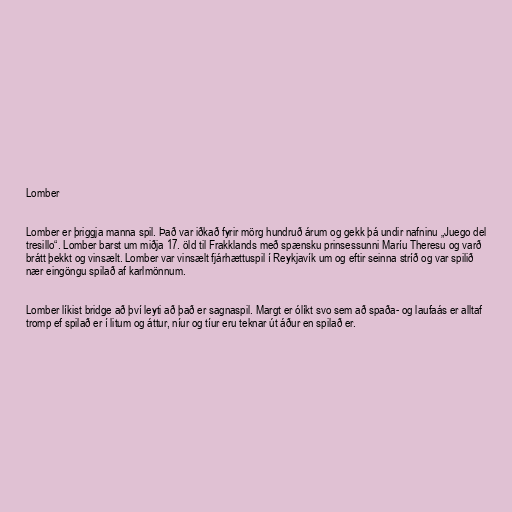
Lomber

Lomber er þriggja manna spil. Það var iðkað fyrir mörg hundruð árum og gekk þá undir nafninu „Juego del
tresillo“. Lomber barst um miðja 17. öld til Frakklands með spænsku prinsessunni Maríu Theresu og varð
brátt þekkt og vinsælt. Lomber var vinsælt fjárhættuspil í Reykjavík um og eftir seinna stríð og var spilið
nær eingöngu spilað af karlmönnum.

Lomber líkist bridge að því leyti að það er sagnaspil. Margt er ólíkt svo sem að spaða- og laufaás er alltaf
tromp ef spilað er í litum og áttur, níur og tíur eru teknar út áður en spilað er.